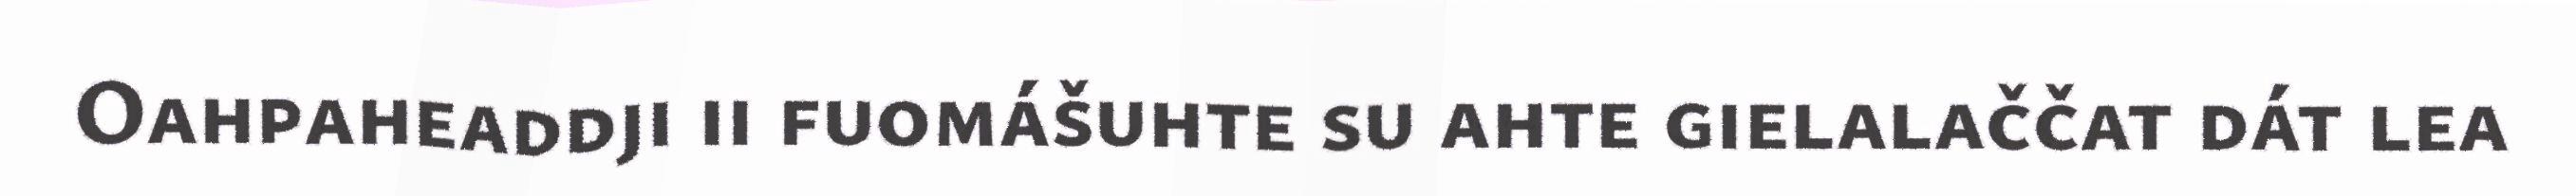
Oahpaheaddji ii fuomášuhte su ahte gielalaččat dát lea